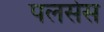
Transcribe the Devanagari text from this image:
पलसेस